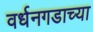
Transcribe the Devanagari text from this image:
वर्धनगडाच्या